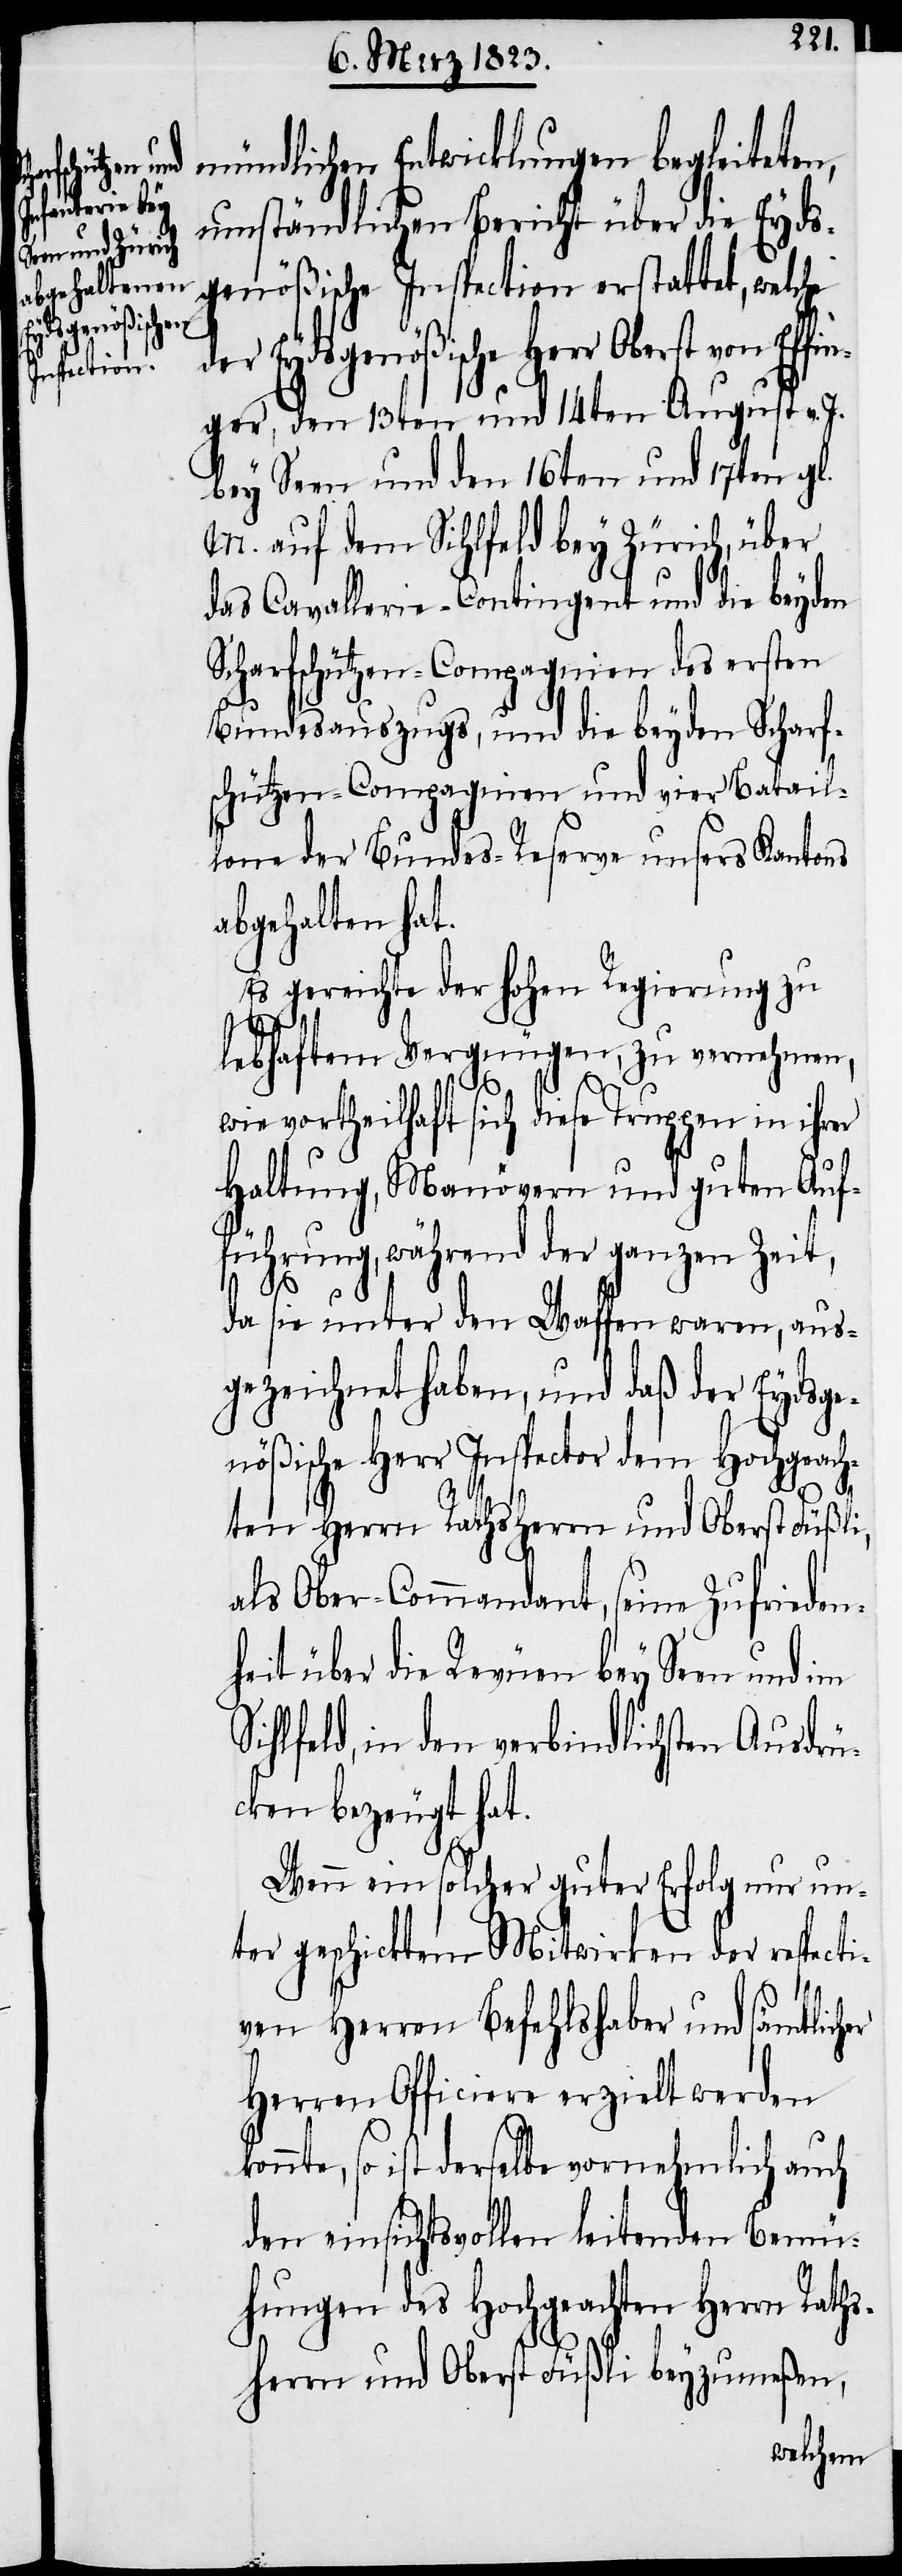
Eydsgenößische
Effin¬

mündlichen Entwicklungen begleiteten,
umständlichen Bericht über die Eyds¬
genößische Inspection erstattet, welc¬
ger, den 13ten und 14ten August v. J.
bey Seen und den 16ten und 17ten gl.
M. auf dem Sihlfeld bey Zürich, über
das Cavallerie-Contingent und die beyden
Scharfschützen-Compagnien des ersten
Bundesauszugs, und die beyden Scharf¬
schützen-Compagnien und vier Batail¬
lone der Bundes-Reserve unsers Kantons
abgehalten hat.
Es gereichte der hohen Regierung zu
kon¬
lebhaftem Vergnügen, zu vernehmen,
wie vortheilhaft sich diese Truppen in ihrer
Haltung, Manövern und guten Auf¬
führung, während der ganzen Zeit,
er
da sie unter den Waffen waren, aus¬
gezeichnet haben, und daß der Eydsge¬
nößische Herr Inspector dem Hochgeach¬
der
ten Herrn Rathsherrn und Oberst Füßl¬
als Ober-Commandant, seine Zufrieden¬
heit über die Revüen bey Seen und im
Sihlfeld, in den verbindlichsten Ausdrü¬
cken bezeugt hat.
Wenn ein solcher guter Erfolg nur un¬
ter geschicktem Mitwirken der respecti¬
ven Herren Befehlshaber und sämtlich¬
Herren Officiere erzielt werden
nte, so ist derselbe vornehmlich auch
den einsichtsvollen leitenden Bemü¬
hungen des Hochgeachten Herrn Raths¬
herrn und Oberst Füßli beyzumeßen,